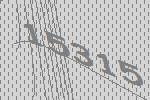
15315